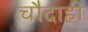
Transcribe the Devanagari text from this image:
चौदाही